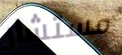
مستشار